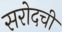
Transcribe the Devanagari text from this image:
सरोदची